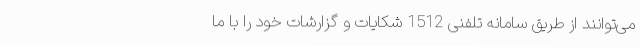
می‌توانند از طریق سامانه تلفنی 1512 شکایات و گزارشات خود را با ما